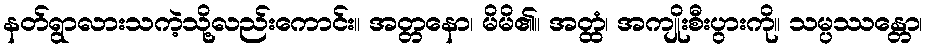
နတ်ရွာလားသကဲ့သို့လည်းကောင်း။ အတ္တနော၊ မိမိ၏။ အတ္ထံ၊ အကျိုးစီးပွားကို။ သမ္ပဿန္တော၊